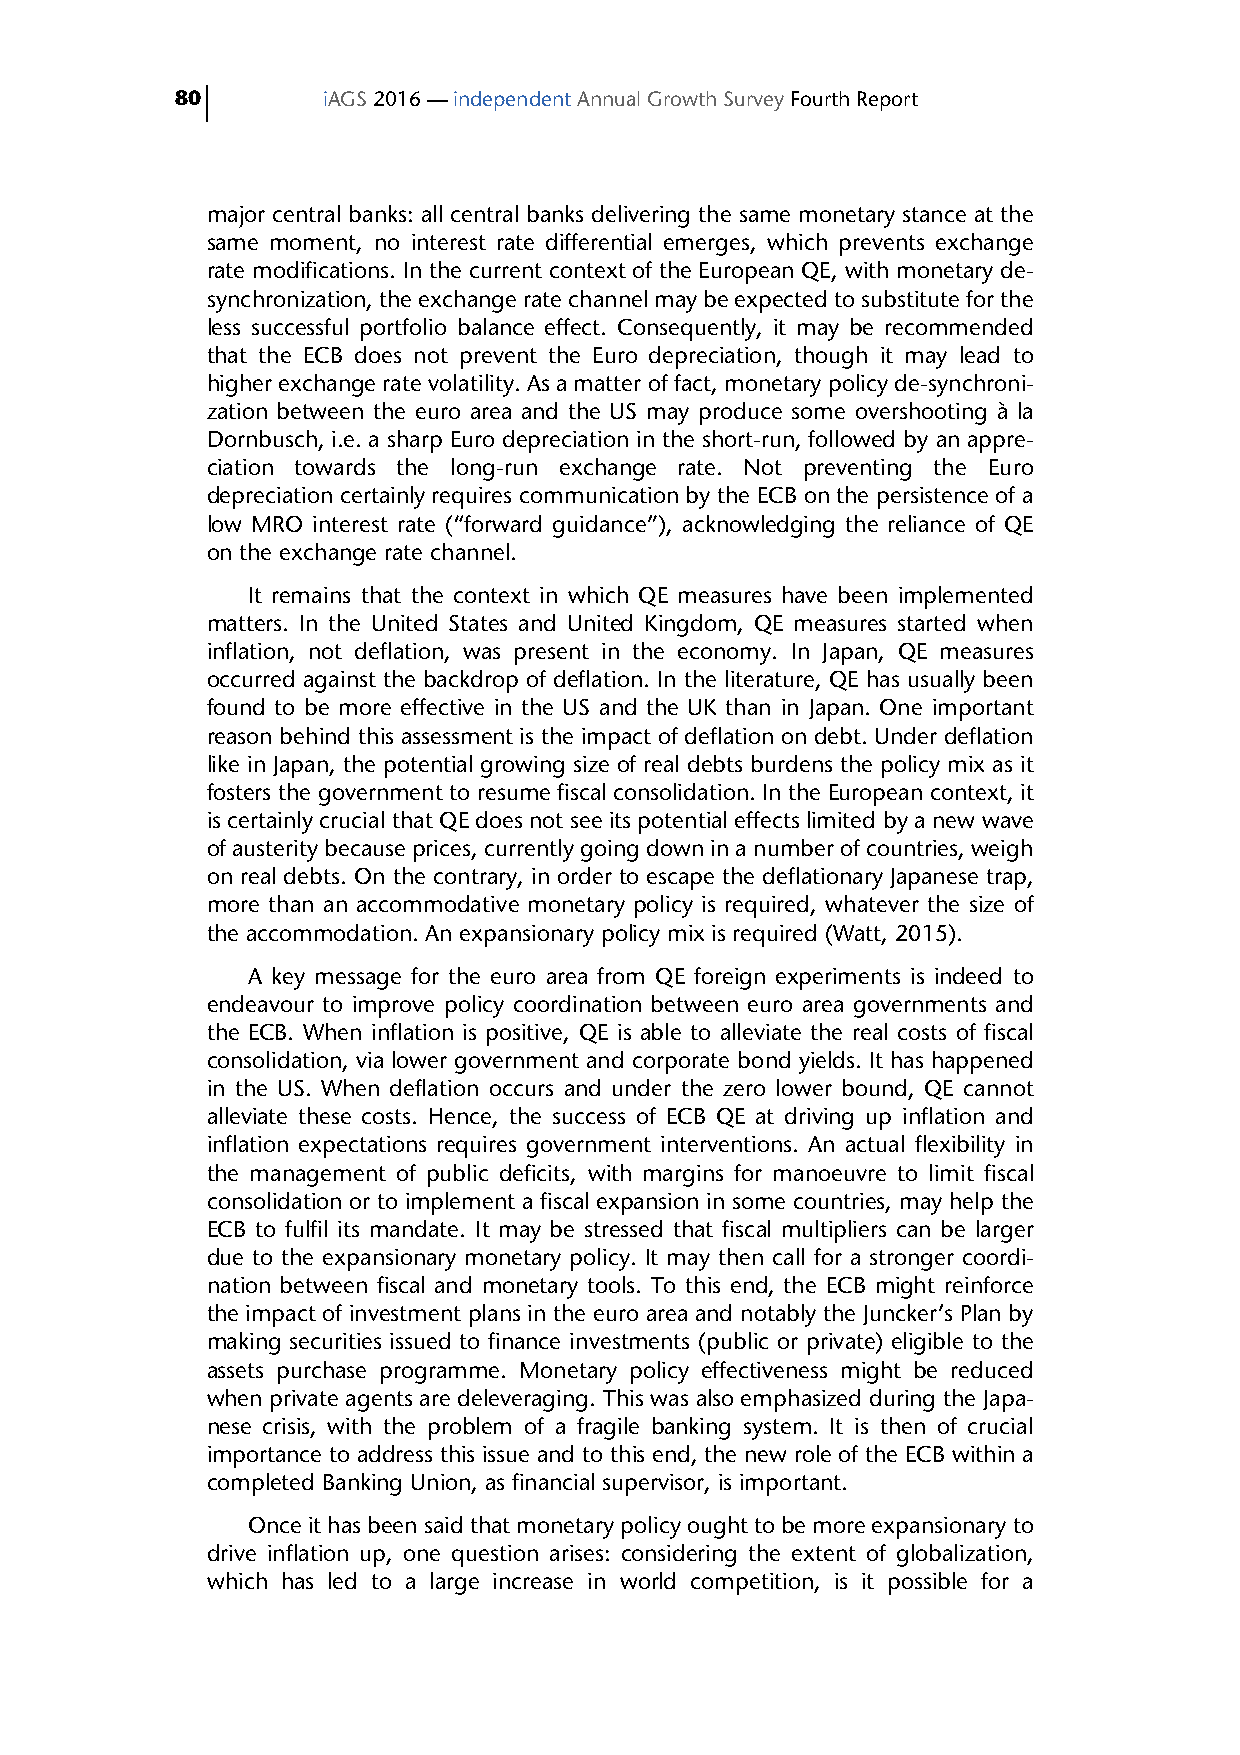
80       iAGS 2016 — independent Annual Growth Survey Fourth Report
 major central banks: all central banks delivering the same monetary stance at the
 same moment, no interest rate differential emerges, which prevents exchange
 rate modifications. In the current context of the European QE, with monetary de-
 synchronization, the exchange rate channel may be expected to substitute for the
 less successful portfolio balance effect. Consequently, it may be recommended
 that the ECB does not prevent the Euro depreciation, though it may lead to
 higher exchange rate volatility. As a matter of fact, monetary policy de-synchroni-
 zation between the euro area and the US may produce some overshooting à la
 Dornbusch, i.e. a sharp Euro depreciation in the short-run, followed by an appre-
 ciation towards the long-run exchange rate. Not preventing the Euro
 depreciation certainly requires communication by the ECB on the persistence of a
 low MRO interest rate (“forward guidance”), acknowledging the reliance of QE
 on the exchange rate channel.
 It remains that the context in which QE measures have been implemented
 matters. In the United States and United Kingdom, QE measures started when
 inflation, not deflation, was present in the economy. In Japan, QE measures
 occurred against the backdrop of deflation. In the literature, QE has usually been
 found to be more effective in the US and the UK than in Japan. One important
 reason behind this assessment is the impact of deflation on debt. Under deflation
 like in Japan, the potential growing size of real debts burdens the policy mix as it
 fosters the government to resume fiscal consolidation. In the European context, it
 is certainly crucial that QE does not see its potential effects limited by a new wave
 of austerity because prices, currently going down in a number of countries, weigh
 on real debts. On the contrary, in order to escape the deflationary Japanese trap,
 more than an accommodative monetary policy is required, whatever the size of
 the accommodation. An expansionary policy mix is required (Watt, 2015).
 A key message for the euro area from QE foreign experiments is indeed to
 endeavour to improve policy coordination between euro area governments and
 the ECB. When inflation is positive, QE is able to alleviate the real costs of fiscal
 consolidation, via lower government and corporate bond yields. It has happened
 in the US. When deflation occurs and under the zero lower bound, QE cannot
 alleviate these costs. Hence, the success of ECB QE at driving up inflation and
 inflation expectations requires government interventions. An actual flexibility in
 the management of public deficits, with margins for manoeuvre to limit fiscal
 consolidation or to implement a fiscal expansion in some countries, may help the
 ECB to fulfil its mandate. It may be stressed that fiscal multipliers can be larger
 due to the expansionary monetary policy. It may then call for a stronger coordi-
 nation between fiscal and monetary tools. To this end, the ECB might reinforce
 the impact of investment plans in the euro area and notably the Juncker’s Plan by
 making securities issued to finance investments (public or private) eligible to the
 assets purchase programme. Monetary policy effectiveness might be reduced
 when private agents are deleveraging. This was also emphasized during the Japa-
 nese crisis, with the problem of a fragile banking system. It is then of crucial
 importance to address this issue and to this end, the new role of the ECB within a
 completed Banking Union, as financial supervisor, is important.
 Once it has been said that monetary policy ought to be more expansionary to
 drive inflation up, one question arises: considering the extent of globalization,
 which has led to a large increase in world competition, is it possible for a